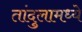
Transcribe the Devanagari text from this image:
तांदुलामध्ये